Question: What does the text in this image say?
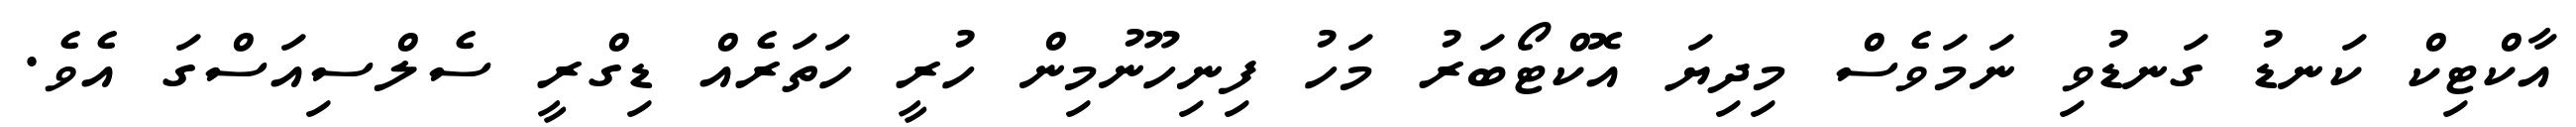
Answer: އާކްޓިކް ކަނޑު ގަނޑުވި ނަމަވެސް މިދިޔަ އޮކްޓޯބަރު މަހު ފިނިހޫނުމިން ހުރީ ހަތަރެއް ޑިގްރީ ސެލްސިއަސްގަ އެވެ.